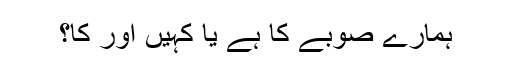
ہمارے صوبے کا ہے یا کہیں اور کا؟